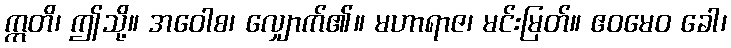
ဣတိ၊ ဤသို့။ အဝေါစ၊ လျှောက်၏။ မဟာရာဇ၊ မင်းမြတ်။ ဧဝမေဝ ခေါ၊